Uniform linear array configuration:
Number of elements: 16
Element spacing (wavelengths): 0.75
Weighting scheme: binomial
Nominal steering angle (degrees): -15
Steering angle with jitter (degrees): -14.577
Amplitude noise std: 0.05
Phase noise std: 0.05

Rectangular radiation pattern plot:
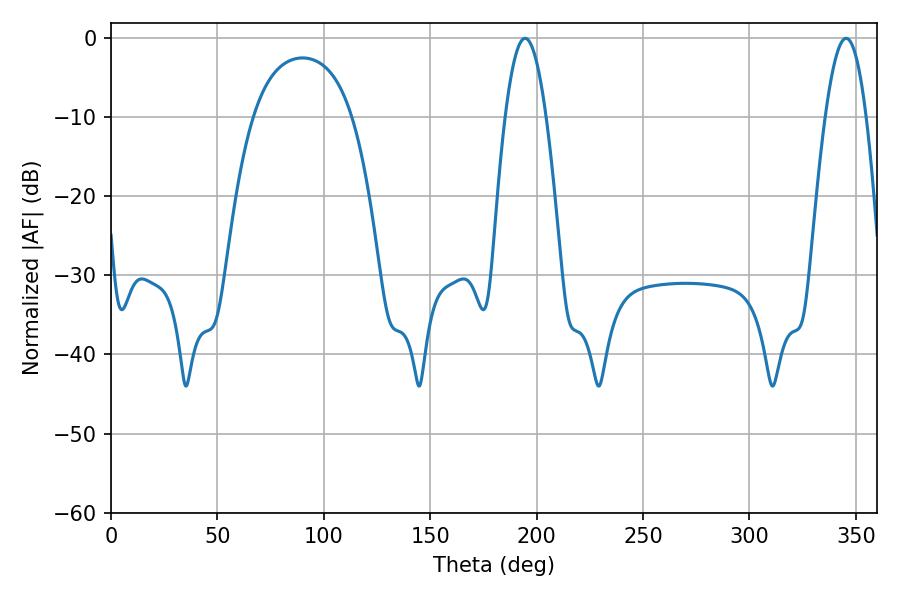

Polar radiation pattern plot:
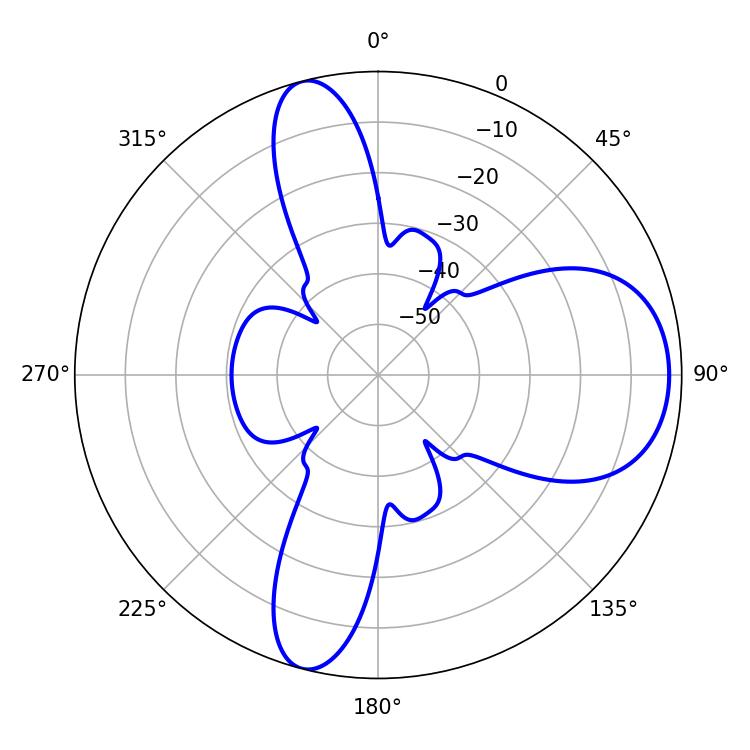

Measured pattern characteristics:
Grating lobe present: TRUE
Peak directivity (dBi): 9.716
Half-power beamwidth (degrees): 10.44
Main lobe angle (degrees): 194.58